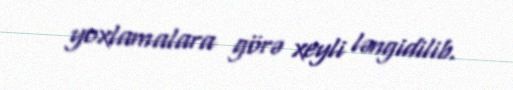
yoxlamalara görə xeyli ləngidilib.